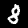
Label: 8